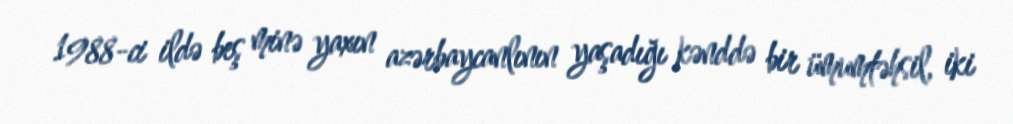
1988-ci ildə beş minə yaxın azərbaycanlının yaşadığı kənddə bir ümumtəhsil, iki